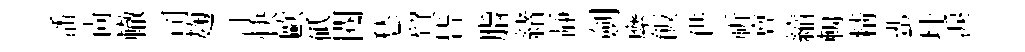
潘尙轍司麹汀快歐砥閲愁貿𣅜脂緖靜劍縻飯供祈亶縮輈精蜚玕淚